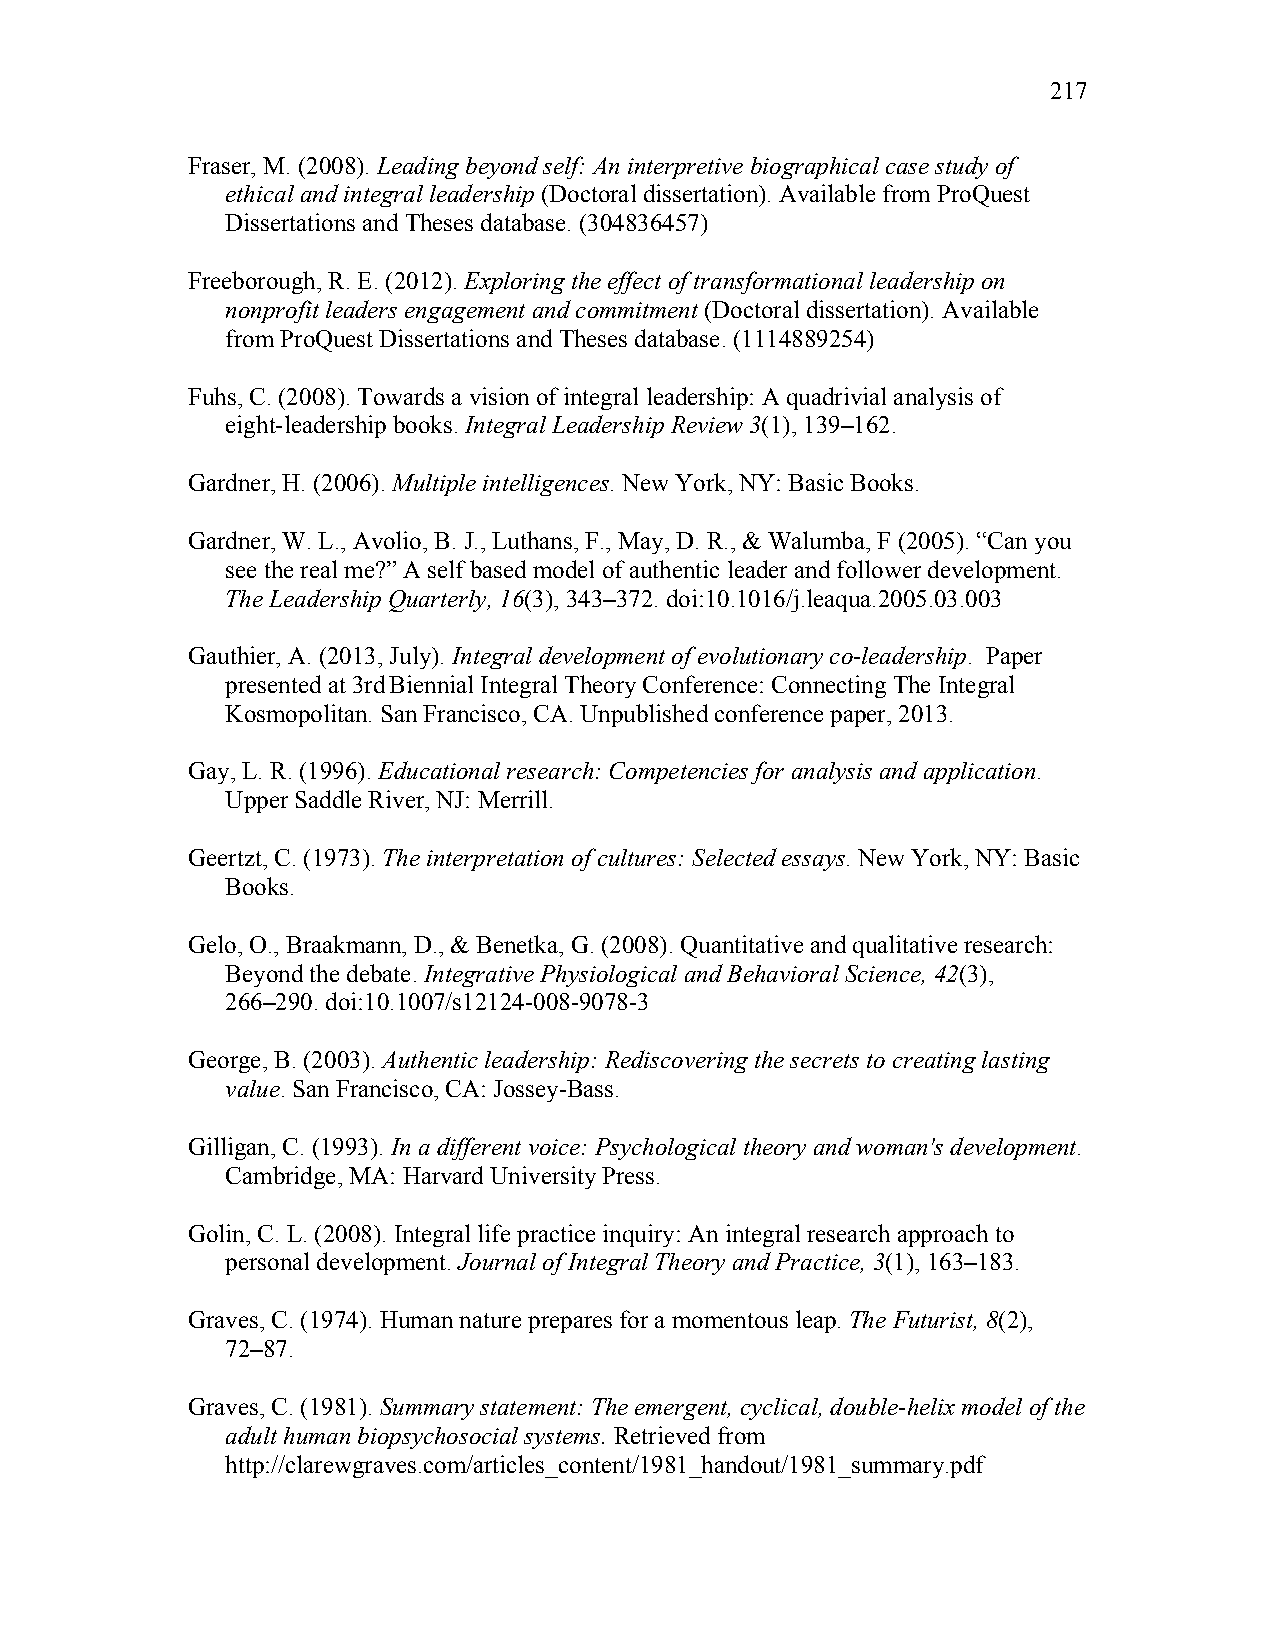
217
 Fraser, M. (2008). Leading beyond self: An interpretive biographical case study of
 ethical and integral leadership (Doctoral dissertation). Available from ProQuest
 Dissertations and Theses database. (304836457)
 Freeborough, R. E. (2012). Exploring the effect of transformational leadership on
 nonprofit leaders engagement and commitment (Doctoral dissertation). Available
 from ProQuest Dissertations and Theses database. (1114889254)
 Fuhs, C. (2008). Towards a vision of integral leadership: A quadrivial analysis of
 eight-leadership books. Integral Leadership Review 3(1), 139–162.
 Gardner, H. (2006). Multiple intelligences. New York, NY: Basic Books.
 Gardner, W. L., Avolio, B. J., Luthans, F., May, D. R., & Walumba, F (2005). “Can you
 see the real me?” A self based model of authentic leader and follower development.
 The Leadership Quarterly, 16(3), 343–372. doi:10.1016/j.leaqua.2005.03.003
 Gauthier, A. (2013, July). Integral development of evolutionary co-leadership. Paper
 presented at 3rd Biennial Integral Theory Conference: Connecting The Integral
 Kosmopolitan. San Francisco, CA. Unpublished conference paper, 2013.
 Gay, L. R. (1996). Educational research: Competencies for analysis and application.
 Upper Saddle River, NJ: Merrill.
 Geertzt, C. (1973). The interpretation of cultures: Selected essays. New York, NY: Basic
 Books.
 Gelo, O., Braakmann, D., & Benetka, G. (2008). Quantitative and qualitative research:
 Beyond the debate. Integrative Physiological and Behavioral Science, 42(3),
 266–290. doi:10.1007/s12124-008-9078-3
 George, B. (2003). Authentic leadership: Rediscovering the secrets to creating lasting
 value. San Francisco, CA: Jossey-Bass.
 Gilligan, C. (1993). In a different voice: Psychological theory and woman's development.
 Cambridge, MA: Harvard University Press.
 Golin, C. L. (2008). Integral life practice inquiry: An integral research approach to
 personal development. Journal of Integral Theory and Practice, 3(1), 163–183.
 Graves, C. (1974). Human nature prepares for a momentous leap. The Futurist, 8(2),
 72–87.
 Graves, C. (1981). Summary statement: The emergent, cyclical, double-helix model of the
 adult human biopsychosocial systems. Retrieved from
 http://clarewgraves.com/articles_content/1981_handout/1981_summary.pdf